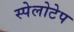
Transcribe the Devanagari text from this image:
स्पेलोटेप